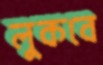
লুকবে